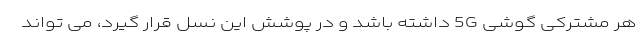
هر مشترکی گوشی 5G داشته باشد و در پوشش این نسل قرار گیرد، می تواند